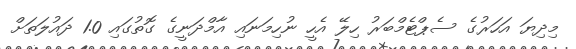
މިދިޔަ އަހަރުގެ ސެޕްޓެމްބަރު ހިލޭ އެހީ ނުހިމަނައި އާމްދަނީގެ ގޮތުގައި 1.0 ދައުލަތަށް